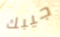
جيبك